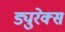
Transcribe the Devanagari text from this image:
ड्युरेक्स